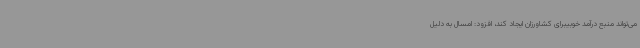
می‌تواند منبع درآمد خوبیبرای کشاورزان ایجاد کند، افزود: امسال به دلیل